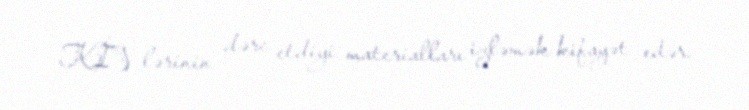
KİV-lərinin dərc etdiyi materialları izləmək kifayət edər.